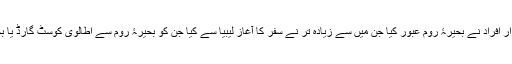
پچھلے سال 220 ہزار افراد نے بحیرۂ روم عبور کیا جن میں سے زیادہ تر نے سفر کا آغاز لیبیا سے کیا جن کو بحیرۂ روم سے اطالوی کوسٹ گارڈ یا بحریہ نے ریسکو کیا۔